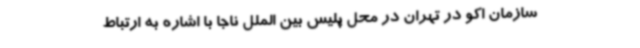
سازمان اکو در تهران در محل پلیس بین الملل ناجا با اشاره به ارتباط